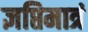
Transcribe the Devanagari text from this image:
ज्ञप्तिमात्रं